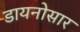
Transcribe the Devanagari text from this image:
डायनोसार